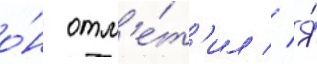
о́н отм'е́т'ил // Я́